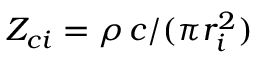
Z _ { c i } = \rho \, c / ( \pi r _ { i } ^ { 2 } )